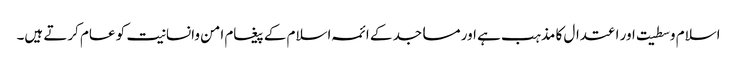
اسلام وسطیت اور اعتدال کا مذہب ہے اور مساجد کے ائمہ اسلام کے پیغام امن وانسانیت کو عام کرتے ہیں۔